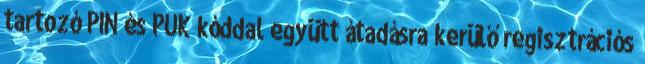
tartozó PIN és PUK kóddal együtt átadásra kerülő regisztrációs